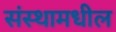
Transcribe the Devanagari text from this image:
संस्थामधील